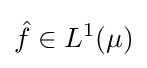
{\hat {f}}\in L^{1}(\mu )